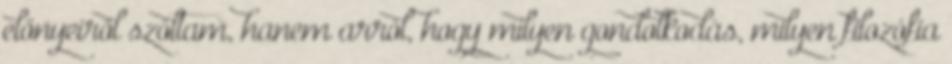
előnyeiről szóltam, hanem arról, hogy milyen gondolkodás, milyen filozófia